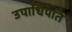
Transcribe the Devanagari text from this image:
उपाधिपति